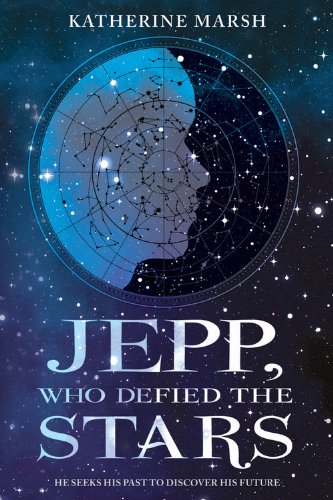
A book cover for Jepp, Who Defied the Stars; Katherine Marsh; Teen & Young Adult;